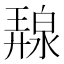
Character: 𭚛